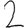
Digit: 2